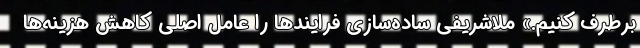
برطرف کنیم.» ملاشریفی ساده‌سازی فرایندها را عامل اصلی کاهش هزینه‌ها